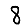
Digit: 8